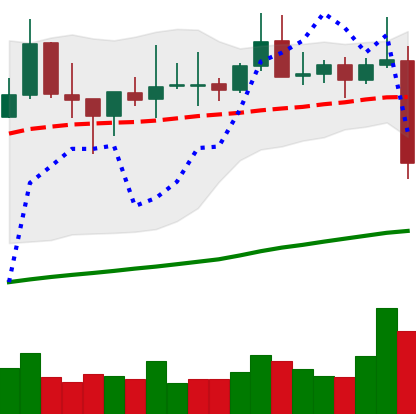
Ticker: TRX-USD
Chart end date: 2021-10-27
Forward return: 10.85%
Label: up_7plus